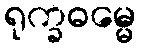
ရုက္ခဓမ္မေ